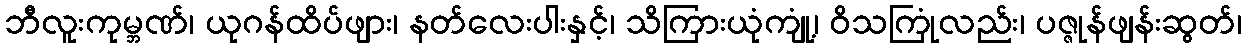
ဘီလူးကုမ္ဘဏ်၊ ယုဂန်ထိပ်ဖျား၊ နတ်လေးပါးနှင့်၊ သိကြားယုံကျုံ့၊ ဝိသကြုံလည်း၊ ပဇ္ဇုန်ဖျန်းဆွတ်၊